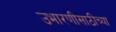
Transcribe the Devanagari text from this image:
उभारणीसाठीच्या